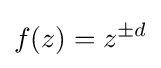
f(z)=z^{\pm d}